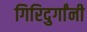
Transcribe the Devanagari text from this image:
गिरिदुर्गांनी